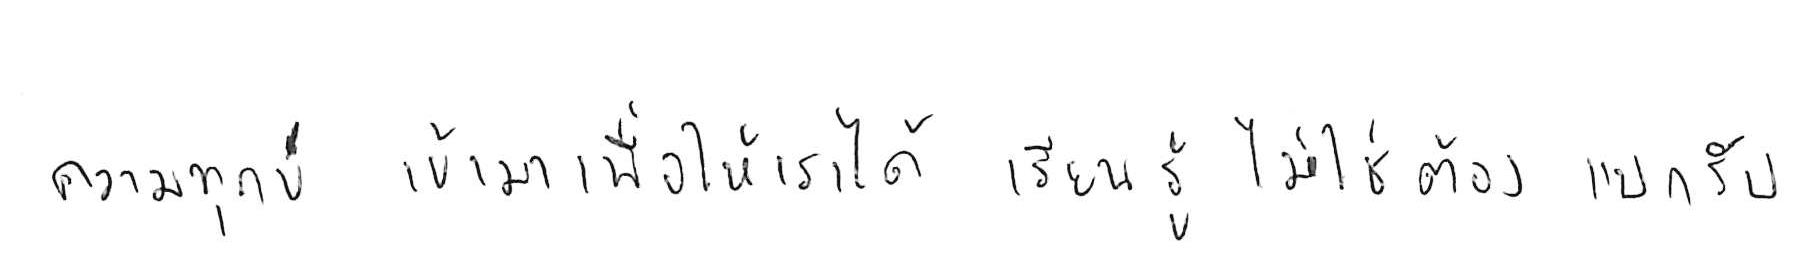
ความทุกข์ เข้ามาเพื่อให้เราได้ เรียนรู้ ไม่ใช่ต้อง แบกรับ